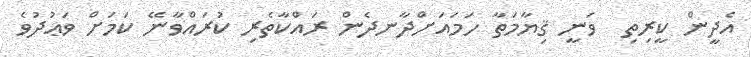
އެދީން ކީރިތި  ވަނީ ޤިޔާމަތާ ހަމައަށްދާނދެން ރައްކާތެރި ކުރައްވާނޭ ކަމަށް ވަޢުދުވެ